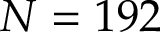
N = 1 9 2